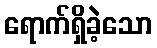
ရောက်ရှိခဲ့သော